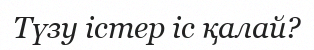
Түзу істер іс қалай?